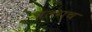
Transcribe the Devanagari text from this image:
अलगच